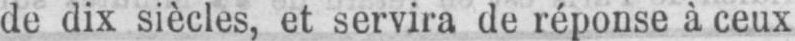
de dix siècles, et servira de réponse à ceux